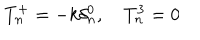
T _ { n } ^ { + } = - k \delta _ { n } ^ { 0 } , T _ { n } ^ { 3 } = 0